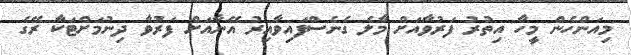
މިއަންހެން މީހާ އިތުރު ފަރުވާއަށް މާލެ ގެނެސްފައިވާއިރު އޭނާއަށް ފަރުވާ ދިނުމަށްޓަކާ ރޭގެ